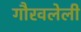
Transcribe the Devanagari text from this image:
गौरवलेली